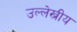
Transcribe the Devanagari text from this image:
उल्लेख्नीय